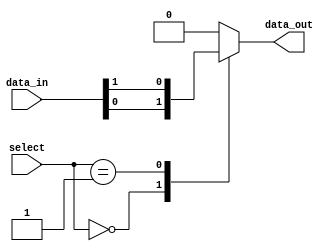
module mux_64to1 (
    input [63:0] data_in,
    input [5:0] select,
    output reg data_out
);

always @(*)
begin
    case(select)
        6'b000000: data_out = data_in[0];
        6'b000001: data_out = data_in[1];
        // Add more cases for all 64 input lines
        // Example: 6'b111111: data_out = data_in[63];
        default: data_out = 0;
    endcase
end

endmodule